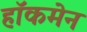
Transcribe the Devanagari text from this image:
हाॅकमेन